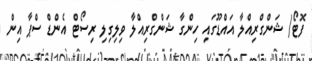
ފޮޓޯ/ ޝަންގްރިއްލާ އައްޑޫގައި ހިންގާ ޝަންގްރިއްލާ ވިލިގިލި ރިސޯޓް އެންޑް ސްޕާ އިން